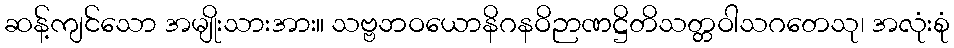
ဆန့်ကျင်သော အမျိုးသားအား။ သဗ္ဗဘဝယောနိဂနဝိဉာဏဋ္ဌိတိသတ္တဝါသဂတေသု၊ အလုံးစုံ